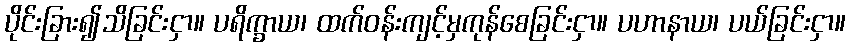
ပိုင်းခြား၍သိခြင်းငှာ။ ပရိက္ခာယ၊ ထက်ဝန်းကျင့်မှကုန်စေခြင်းငှာ။ ပဟာနာယ၊ ပယ်ခြင်းငှာ။